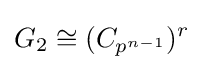
G_{2}\cong (C_{p^{n-1}})^{r}